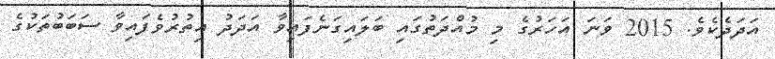
އަދަދެކެވެ. 2015 ވަނަ އަހަރުގެ މި މުއްދަތުގައި ބަލައިގަނެފައިވާ އަދަދު އިތުރުވެފައިވާ ސަބަބުތަކުގެ